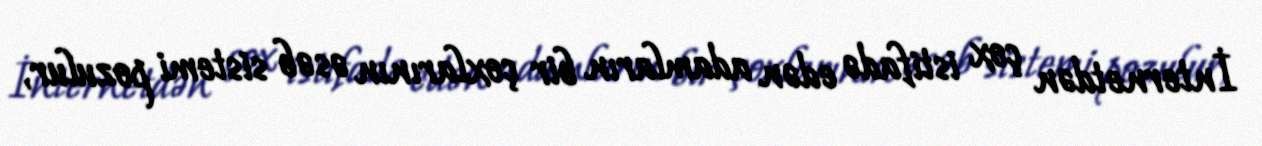
İnternetdən çox istifadə edən adamların bir çoxlarının əsəb sistemi pozulur,